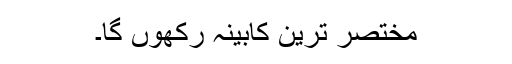
مختصر ترین کابینہ رکھوں گا۔